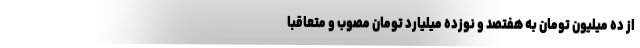
از ده میلیون تومان به هفتصد و نوزده میلیارد تومان مصوب و متعاقباً